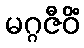
မဂ္ဂဇီဝိံ